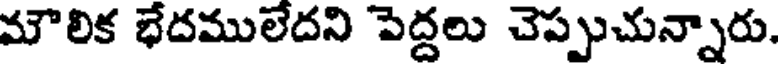
మౌలిక భేదములేదని పెద్దలు చెప్పుచున్నారు.